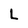
Character: L